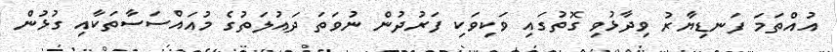
އުއްތަމަ ފަނޑިޔާރު ވިދާޅުވި ގޮތުގައި ވަކިވަކި ފަރުދުން ނުވަތަ ދައުލަތުގެ މުއައްސަސާތަކާއި ގުޅުން